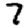
Digit: 7